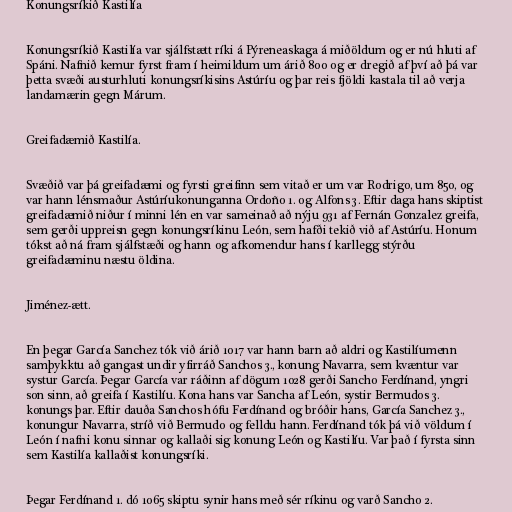
Konungsríkið Kastilía

Konungsríkið Kastilía var sjálfstætt ríki á Pýreneaskaga á miðöldum og er nú hluti af
Spáni. Nafnið kemur fyrst fram í heimildum um árið 800 og er dregið af því að þá var
þetta svæði austurhluti konungsríkisins Astúríu og þar reis fjöldi kastala til að verja
landamærin gegn Márum.

Greifadæmið Kastilía.

Svæðið var þá greifadæmi og fyrsti greifinn sem vitað er um var Rodrigo, um 850, og
var hann lénsmaður Astúríukonunganna Ordoño 1. og Alfons 3. Eftir daga hans skiptist
greifadæmið niður í minni lén en var sameinað að nýju 931 af Fernán Gonzalez greifa,
sem gerði uppreisn gegn konungsríkinu León, sem hafði tekið við af Astúríu. Honum
tókst að ná fram sjálfstæði og hann og afkomendur hans í karllegg stýrðu
greifadæminu næstu öldina.

Jiménez-ætt.

En þegar García Sanchez tók við árið 1017 var hann barn að aldri og Kastilíumenn
samþykktu að gangast undir yfirráð Sanchos 3., konung Navarra, sem kvæntur var
systur García. Þegar García var ráðinn af dögum 1028 gerði Sancho Ferdínand, yngri
son sinn, að greifa í Kastilíu. Kona hans var Sancha af León, systir Bermudos 3.
konungs þar. Eftir dauða Sanchos hófu Ferdínand og bróðir hans, García Sanchez 3.,
konungur Navarra, stríð við Bermudo og felldu hann. Ferdínand tók þá við völdum í
León í nafni konu sinnar og kallaði sig konung León og Kastilíu. Var það í fyrsta sinn
sem Kastilía kallaðist konungsríki.

Þegar Ferdínand 1. dó 1065 skiptu synir hans með sér ríkinu og varð Sancho 2.